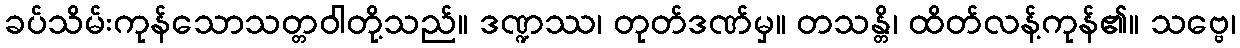
ခပ်သိမ်းကုန်သောသတ္တဝါတို့သည်။ ဒဏ္ဍဿ၊ တုတ်ဒဏ်မှ။ တသန္တိ၊ ထိတ်လန့်ကုန်၏။ သဗ္ဗေ၊